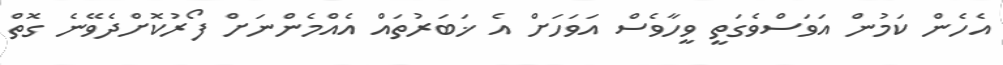
އެހެން ކަމުން އަވަސްވެގަތީ ވީހާވެސް އަވަހަށް އެ ޚަބަރުތައް އެއްމެންނަށް ފޯރުކޮށްދެވޭނެ ގޮތް